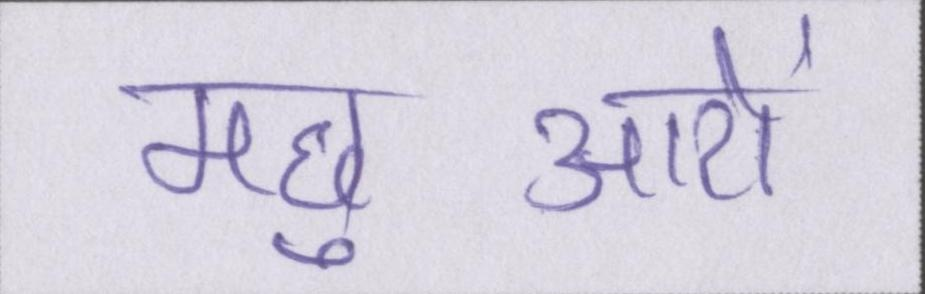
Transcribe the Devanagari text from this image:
मछुआरों